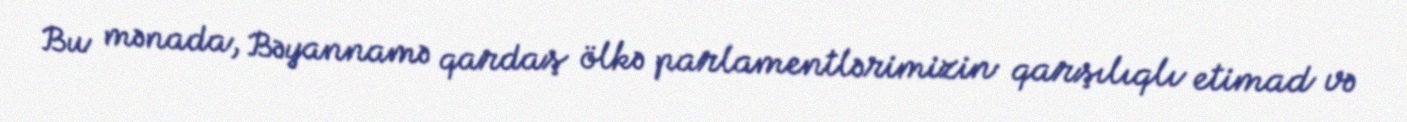
Bu mənada, Bəyannamə qardaş ölkə parlamentlərimizin qarşılıqlı etimad və